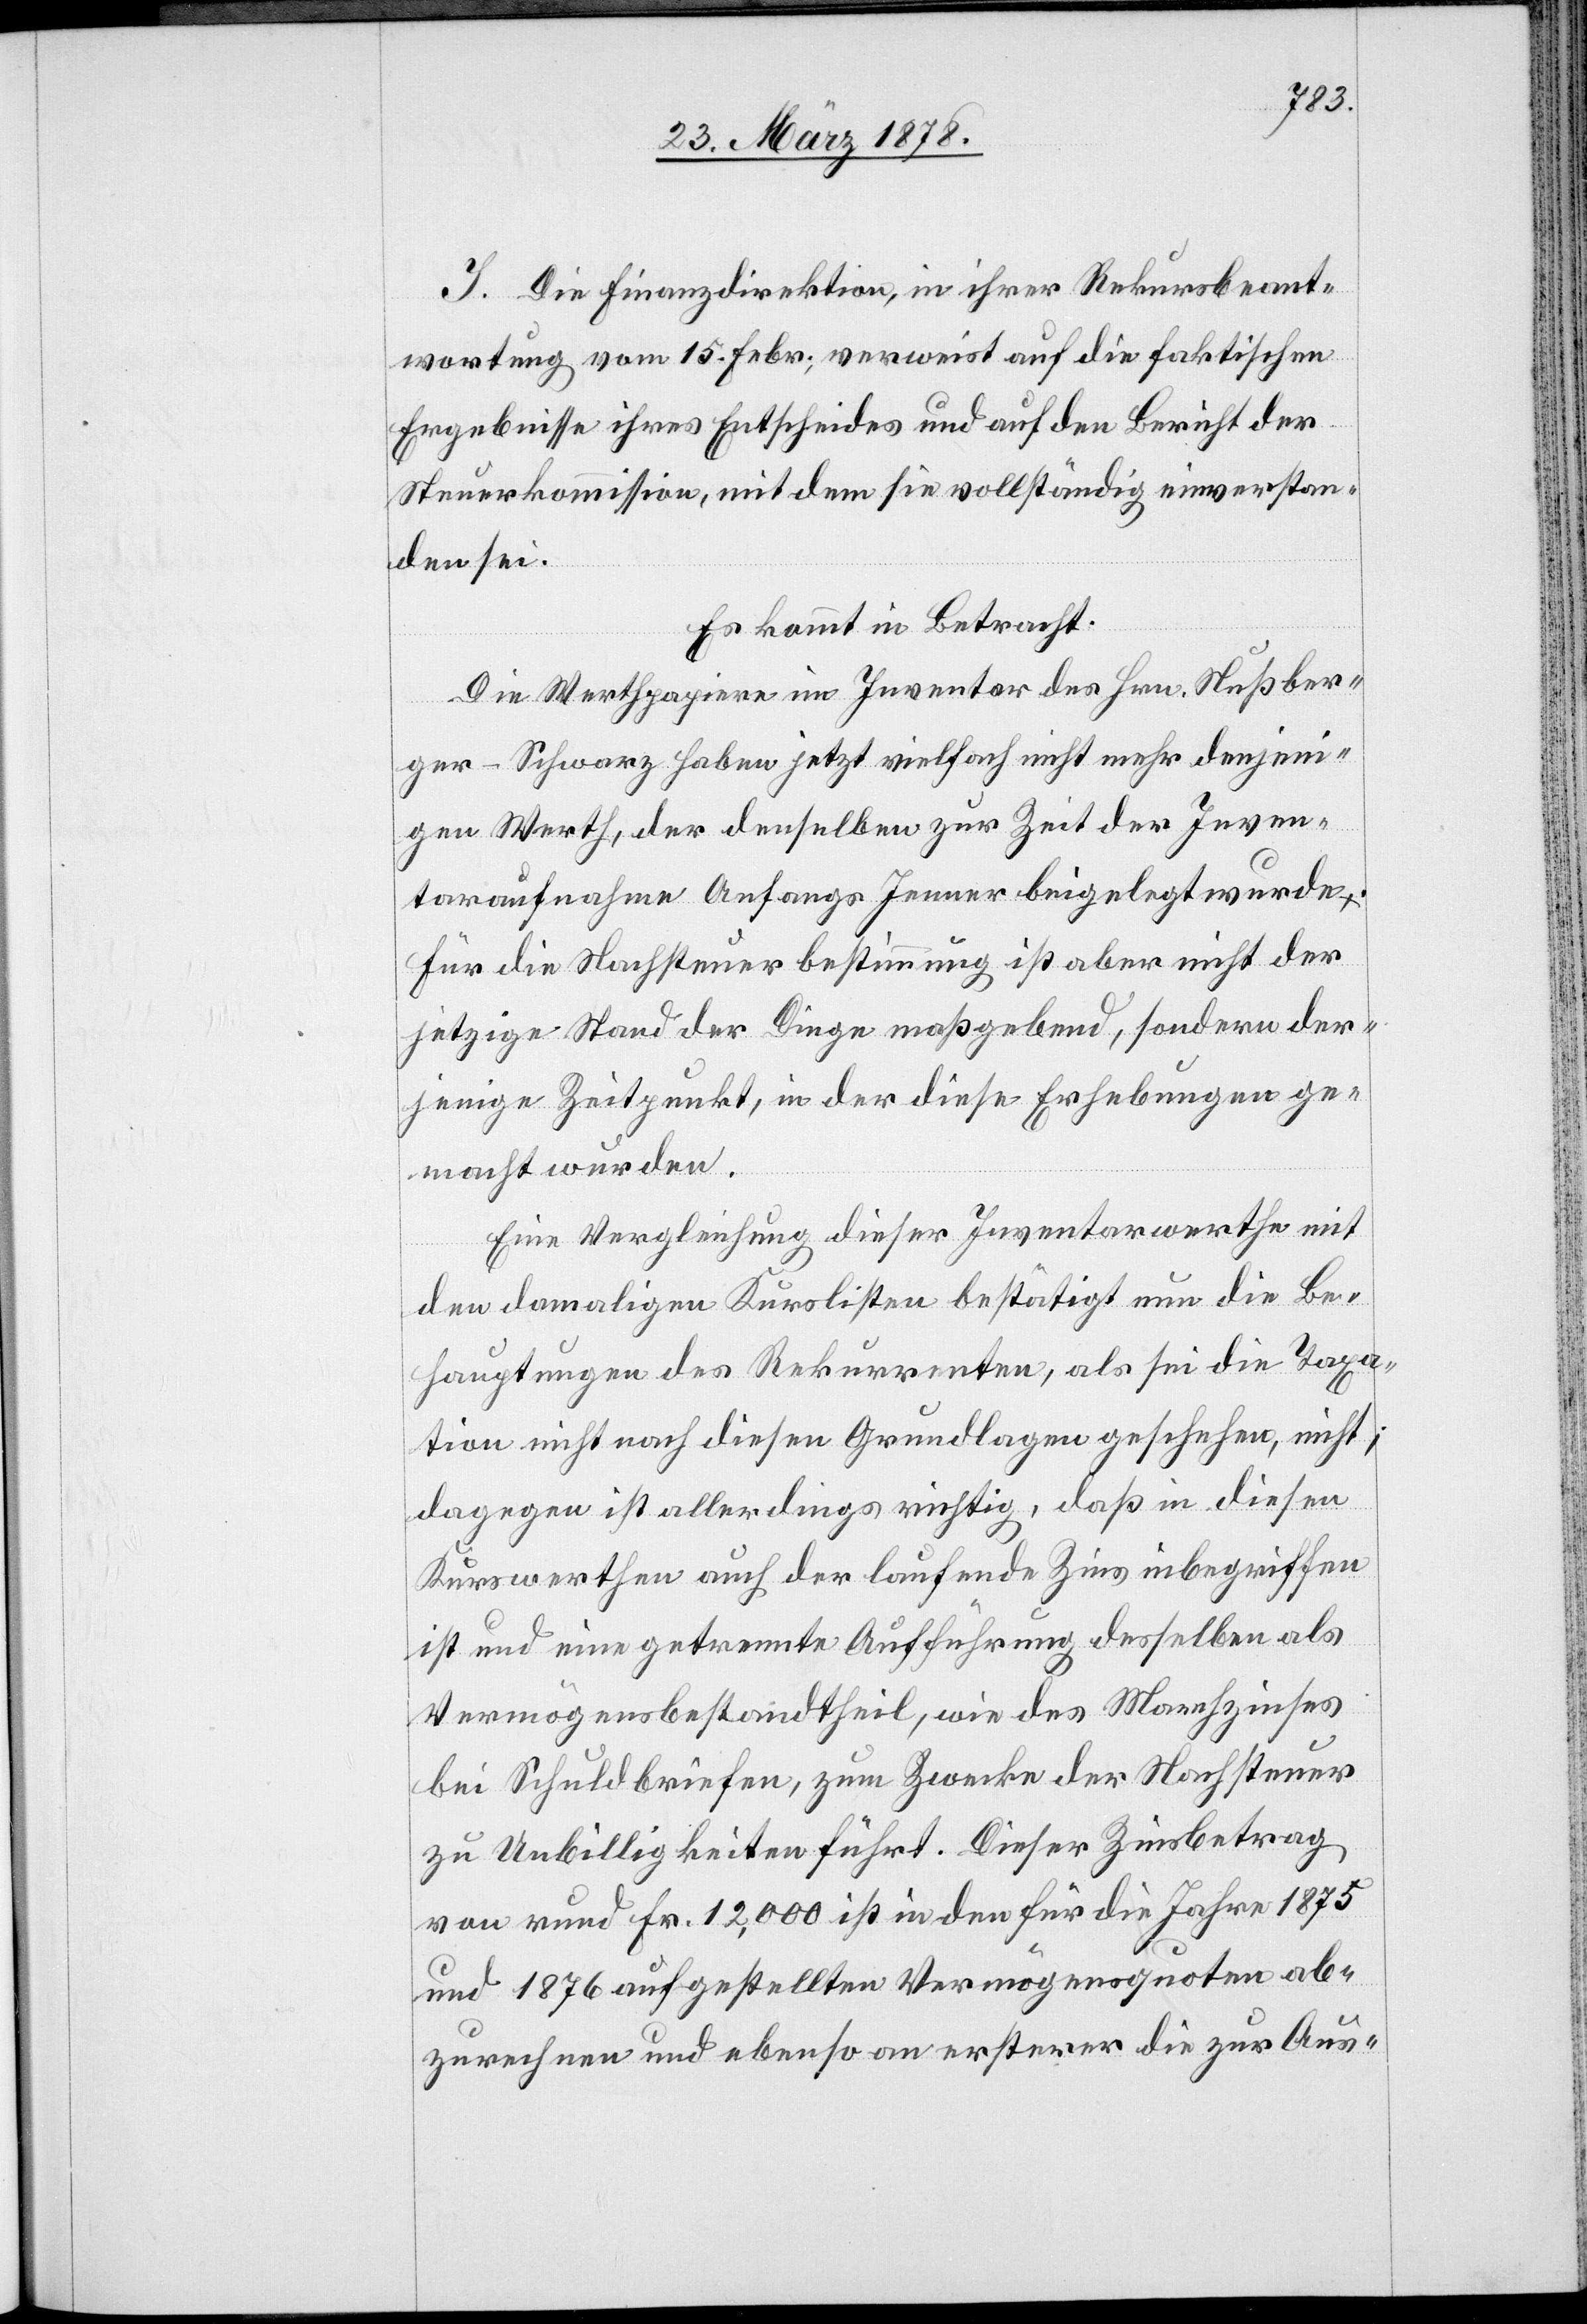
I. Die Finanzdirektion, in ihrer Rekursbeant¬
wortung vom 15. Febr., verweist auf die faktischen
Ergebnisse ihres Entscheides und auf den Bericht der
Steuerkommission, mit dem sie vollständig einverstan¬
den sei.
Es kommt in Betracht:
Die Werthpapiere im Inventar des Hrn. Nußber¬
ger-Schwarz haben jetzt vielfach nicht mehr denjeni¬
gen Werth, der denselben zur Zeit der Inven¬
taraufnahme Anfangs Jenner beigelegt wurde.
Für die Nachsteuerbestimmung ist aber nicht der
jetzige Stand der Dinge maßgebend, sondern der¬
jenige Zeitpunkt, in dem diese Erhebungen ge¬
macht wurden.
Eine Vergleichung dieser Inventarwerthe mit
den damaligen Kurslisten bestätigt nun die Be¬
hauptungen des Rekurrenten, als sei die Taxa¬
tion nicht nach diesen Grundlagen geschehen, nicht;
dagegen ist allerdings richtig, daß in diesen
Kurswerthen auch der laufende Zins inbegriffen
ist und eine getrennte Aufführung desselben als
Vermögensbestandtheil, wie des Marchzinses
bei Schuldbriefen, zum Zwecke der Nachsteuer
zu Unbilligkeiten führt. Dieser Zinsbetrag
von rund Fr. 12,000 ist in den für die Jahre 1875
und 1876 aufgestellten Vermögensquoten ab¬
zurechnen und ebenso an erstern die zur Aus-